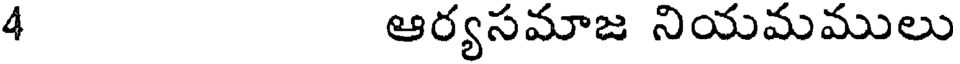
4 ఆర్యసమాజ నియమములు